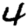
Digit: 4